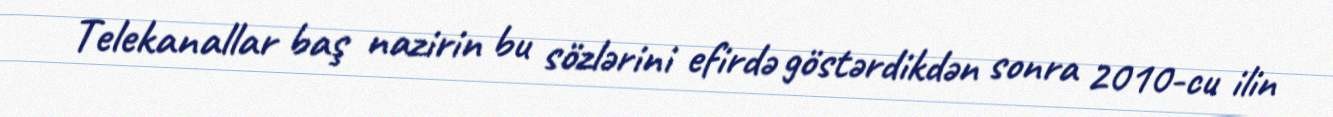
Telekanallar baş nazirin bu sözlərini efirdə göstərdikdən sonra 2010-cu ilin